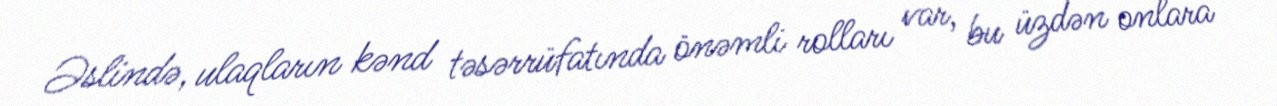
Əslində, ulaqların kənd təsərrüfatında önəmli rolları var, bu üzdən onlara